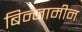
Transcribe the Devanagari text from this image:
बिन्जामीन